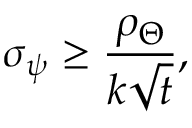
\sigma _ { \psi } \geq \frac { \rho _ { \Theta } } { k \sqrt { t } } ,